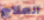
العلاج